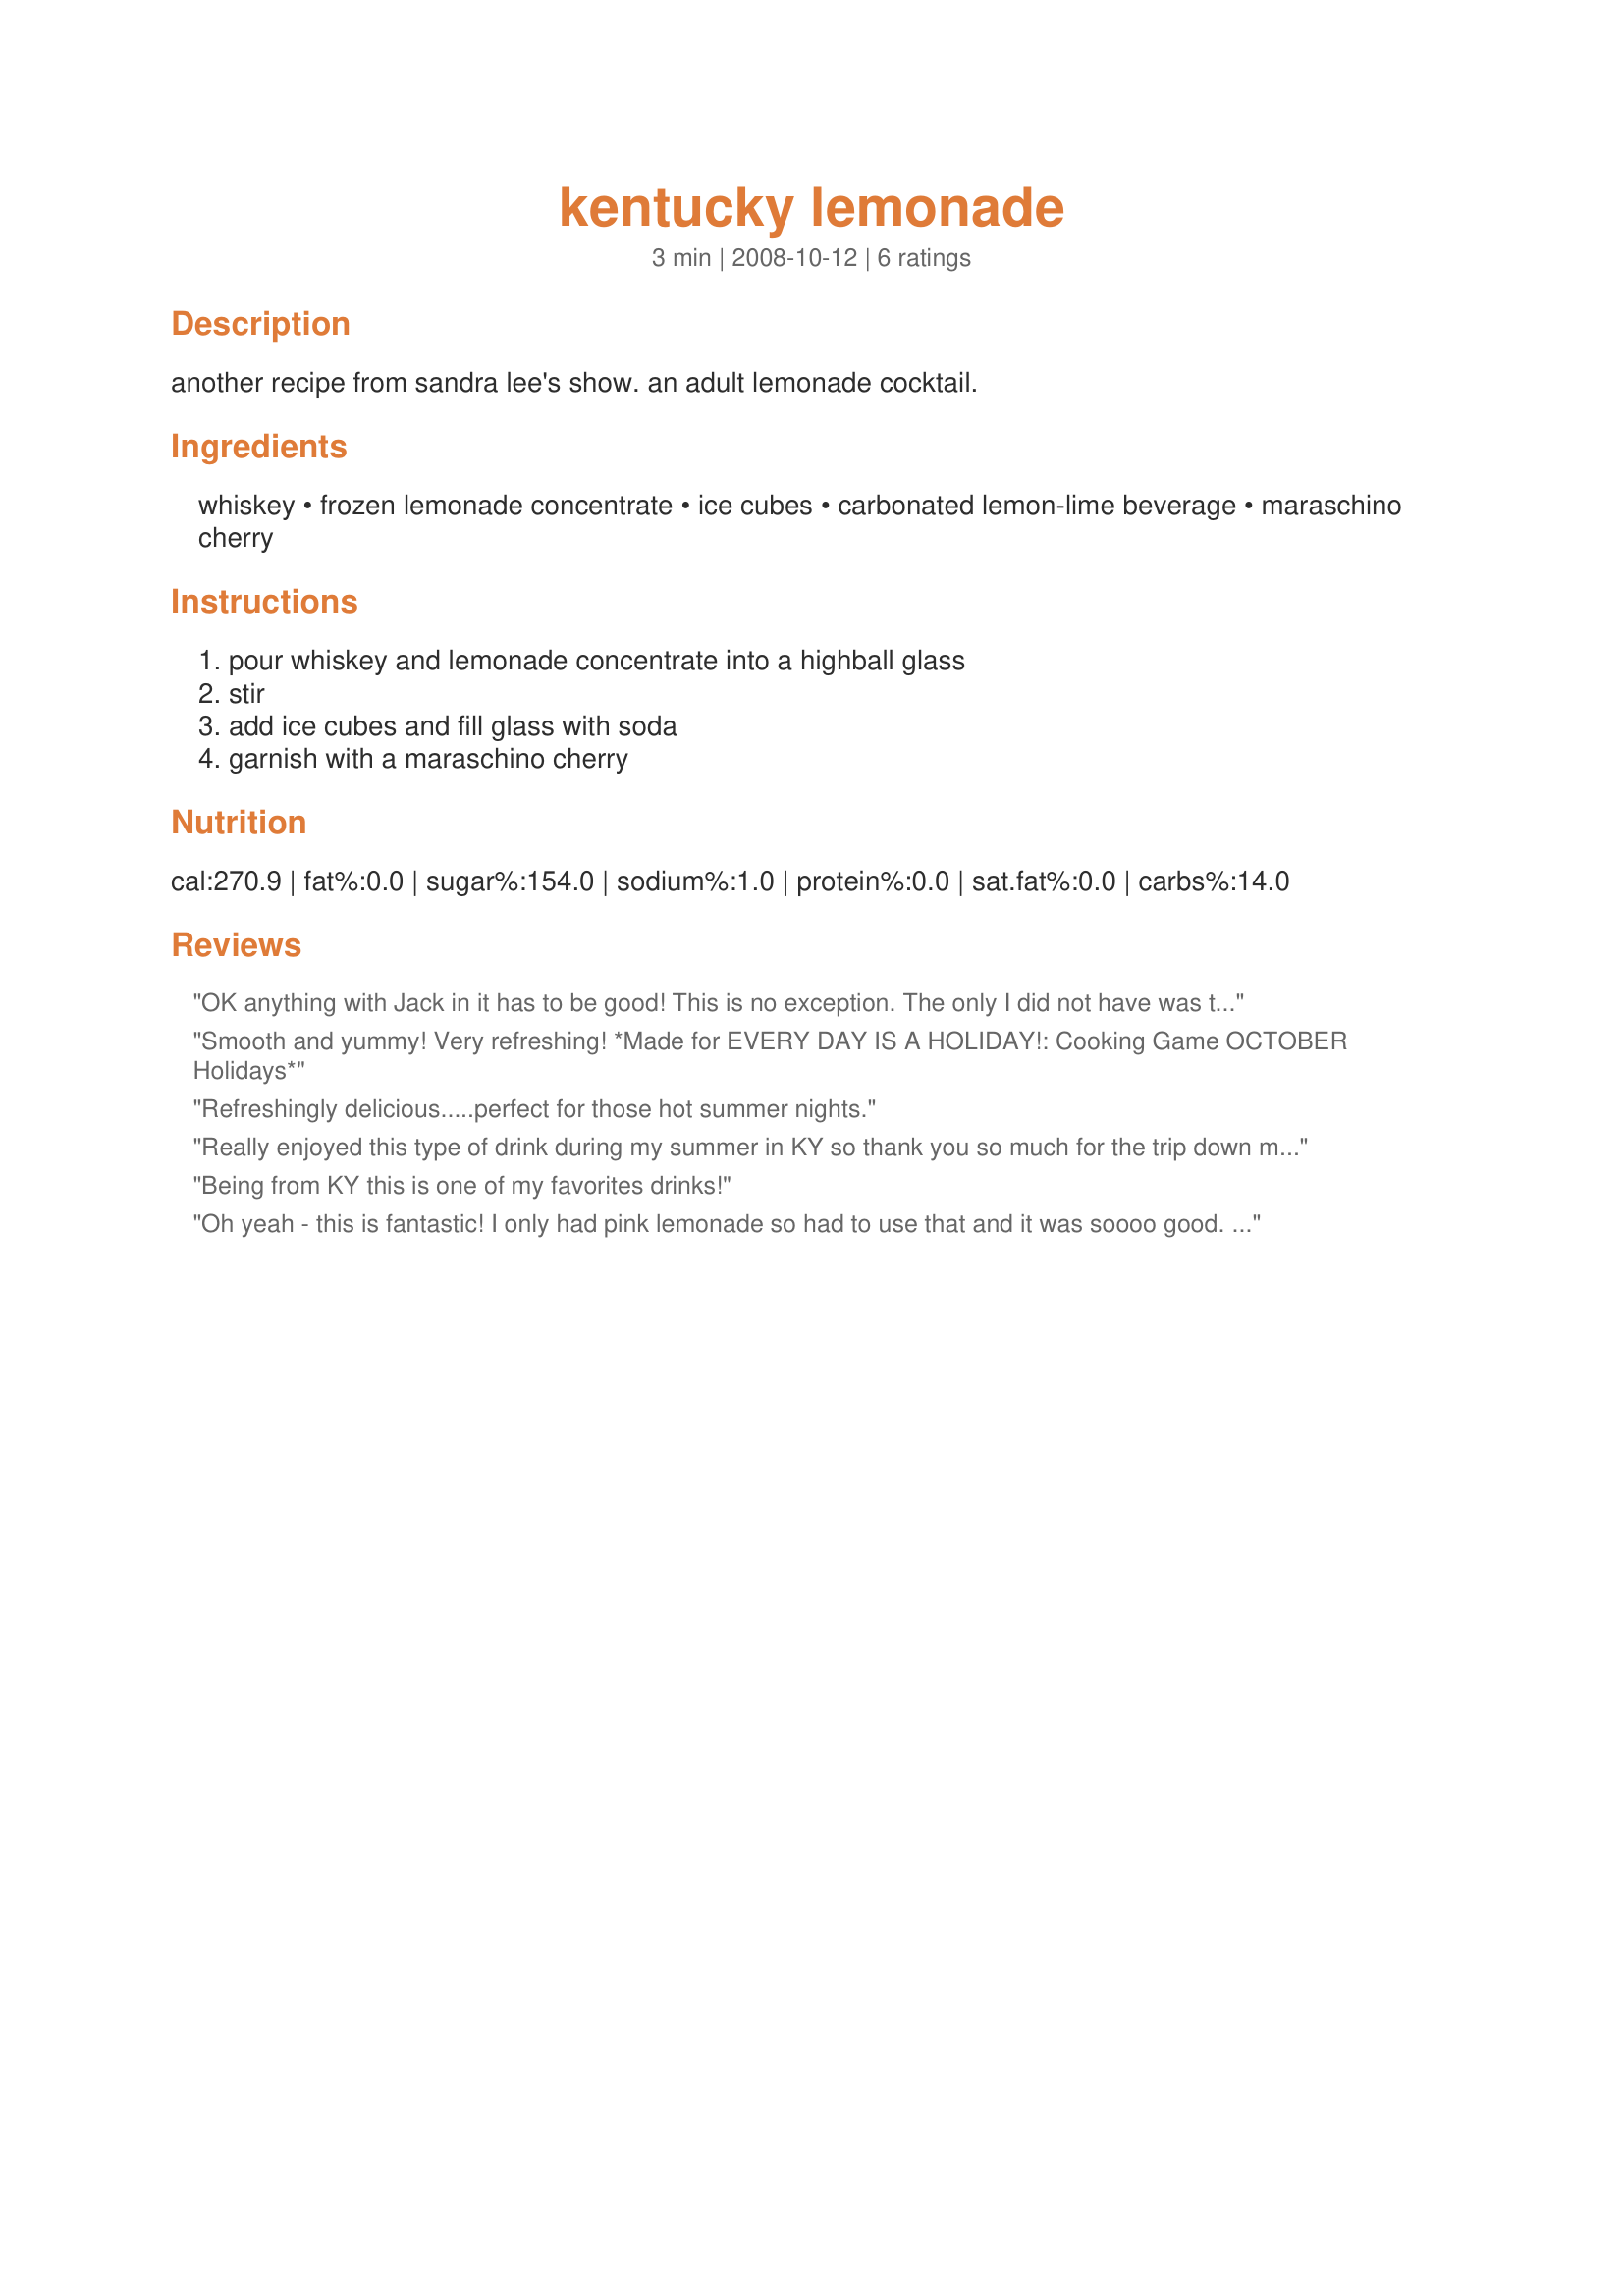
kentucky lemonade
Preparation time: 3 minutes

another recipe from sandra lee's show. an adult lemonade cocktail.

Ingredients:
whiskey, frozen lemonade concentrate, ice cubes, carbonated lemon-lime beverage, maraschino cherry

Steps:
pour whiskey and lemonade concentrate into a highball glass, stir, add ice cubes and fill glass with soda, garnish with a maraschino cherry

Reviews:
OK anything with Jack in it has to be good! This is no exception. The only I did not have was the marashino cherry but not a big deal. Congrats on the win in the football pool.
Smooth and yummy! Very refreshing! *Made for EVERY DAY IS A HOLIDAY!: Cooking Game OCTOBER Holidays*
Refreshingly delicious.....perfect for those hot summer nights.
Really enjoyed this type of drink during my summer in KY so thank you so much for the trip down memory lane! This is a very refreshing summer treat. I really liked the addition of the carbonated lemonade- gave it a little something extra!
Being from KY this is one of my favorites drinks!
Oh yeah - this is fantastic! I only had pink lemonade so had to use that and it was soooo good. Love this drink - thanks for posting the recipe!
